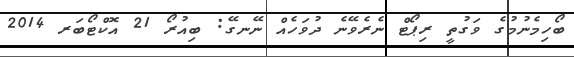
ބޯހިމެނުމުގެ ވަގުތީ ރިޕޯޓް ނެރެވޭނެ ދުވަހެއް ނޭނގޭ: ބިއުރޯ 21 އޮކްޓޯބަރ 2014